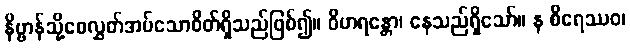
နိဗ္ဗာန်သို့စေလွှတ်အပ်သောစိတ်ရှိသည်ဖြစ်၍။ ဝိဟရန္တော၊ နေသည်ရှိသော်။ န စိရေဿဝ၊